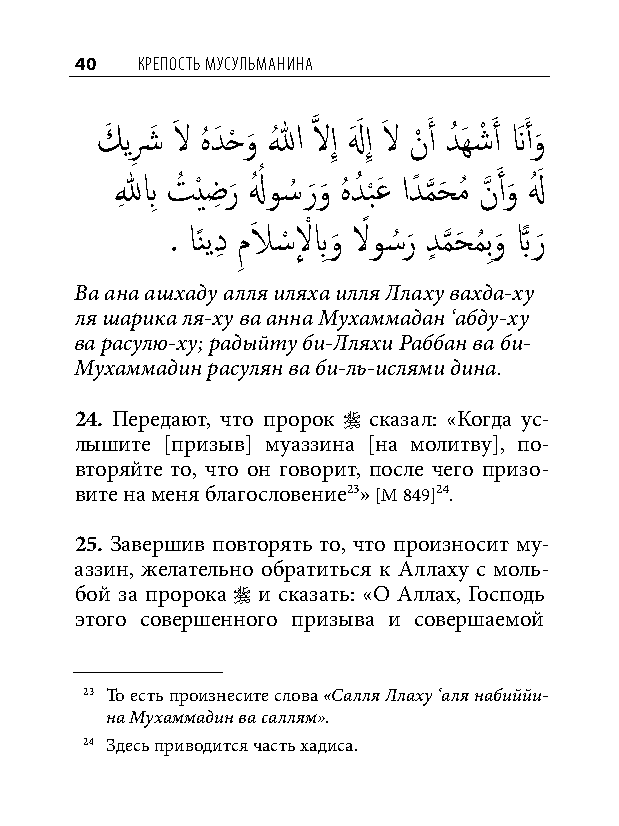
40  КреПость мусульманина
 كَ يشِ َ لاَ هُ دَ حْ و
 َ
 اللهُ َّذ لاإِ لهَ َ إِ لاَ نْ َ أ دُ َهشْ َ أ نََ أو
 َ
 للهِ بِ تُ ْيضِ ر
 َ
 لهُ ُ و�ُ ر َو
 َ
 هُ دُ ب
 ْ
 عَ ادً م
 َّذ
 حَ مُ نَّذ َ أو
 َ
 لهُ َ
 . اًنيدِ م
 ِ
 لاَ �ْ لِ ْ بِو
 َ
 لاً و�ُر
 َ
 دٍ م
 َّذ
 حَ مُ بِو
 َ
 بًّا ر
 َ
 Ва ана ашхаду алля иляха илля Ллаху вахда-ху
 ля шарика ля-ху ва анна Мухаммадан ‘абду-ху
 ва расулю-ху; радыйту би-Лляхи Раббан ва би-
 Мухаммадин расулян ва би-ль-ислями дина.
 24. Передают, что пророк  сказал: «Когда ус-
 лышите [призыв] муаззина [на молитву], по-
 вторяйте то, что он говорит, после чего призо-
 вите на меня благословение23» [М 849]24.
 25. Завершив повторять то, что произносит му-
 аззин, желательно обратиться к Аллаху с моль-
 бой за пророка  и сказать: «О Аллах, Господь
 этого совершенного призыва и совершаемой
 23 То есть произнесите слова «Салля Ллаху ‘аля набиййи-
 на Мухаммадин ва саллям».
 24 Здесь приводится часть хадиса.